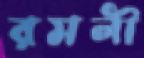
রমনী